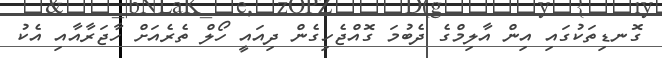
ގޮނޑިތަކުގައި އިން އާލިމްގެ ދެބުމަ ގޮއްޖެހިގެން ދިއައީ ހޯލް ތެރެއަށް ހާޖަރާއާއި އެކު